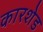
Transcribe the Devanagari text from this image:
कारशेड